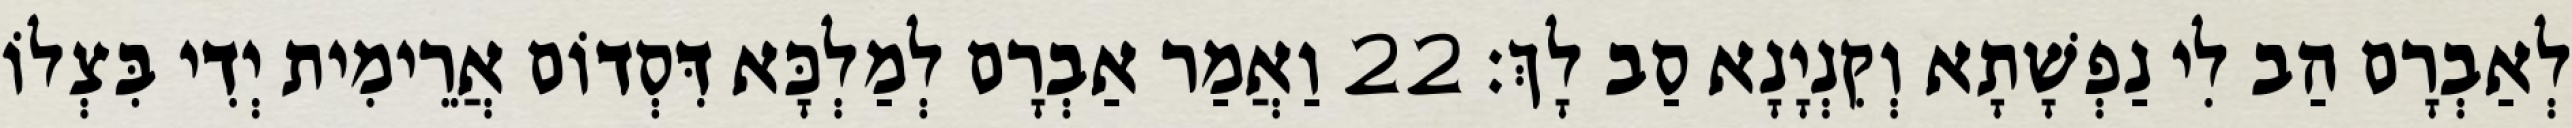
לְאַבְרָם הַב לִי נַפְשָׁתָא וְקִנְיָנָא סַב לָךְ׃ 22 וַאֲמַר אַבְרָם לְמַלְכָּא דִּסְדוֹם אֲרֵימִית יְדִי בִּצְלוֹ